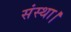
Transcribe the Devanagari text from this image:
संस्था।